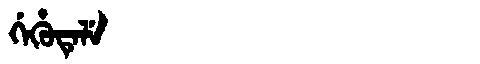
Manchu: ᡤᡝᡥᡠᡨᡝᠯᡝ
Romanization: GEHUTELE